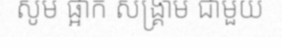
សូម ផ្អាក សង្គ្រាម ជាមួយ